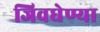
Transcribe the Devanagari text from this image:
जिवघेण्या